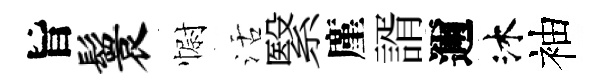
旨鬟𢠢活繄廑諝邇沐袖